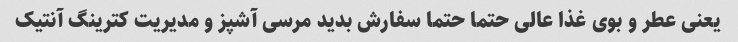
یعنی عطر و بوی غذا عالی حتما حتما سفارش بدید مرسی آشپز و مدیریت کترینگ آنتیک